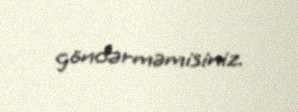
göndərməmisiniz.